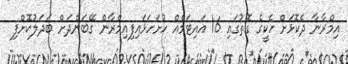
އިމްރާނާ ދެކޮޅަށް ހެކީގެ ގޮތުގައި 16 އައިޓަމެއް ހުށަހަޅައިފިއިމްރާން ގޭބަންދަށް ބަދަލުކޮށްފި